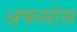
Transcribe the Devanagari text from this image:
अ़फसोस